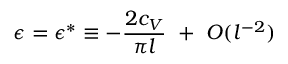
\epsilon = \epsilon ^ { * } \equiv - { \frac { 2 c _ { V } } { \pi l } } ~ + ~ { \cal O } ( l ^ { - 2 } )